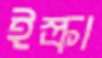
ইস্ক্রা